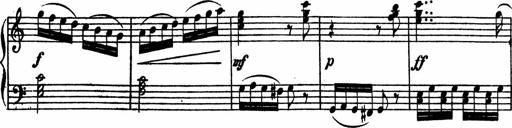
Title: Piano Sonata
Composer: Karl HÃ¤ssler
Key: C major